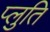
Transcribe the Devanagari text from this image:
प्लुति